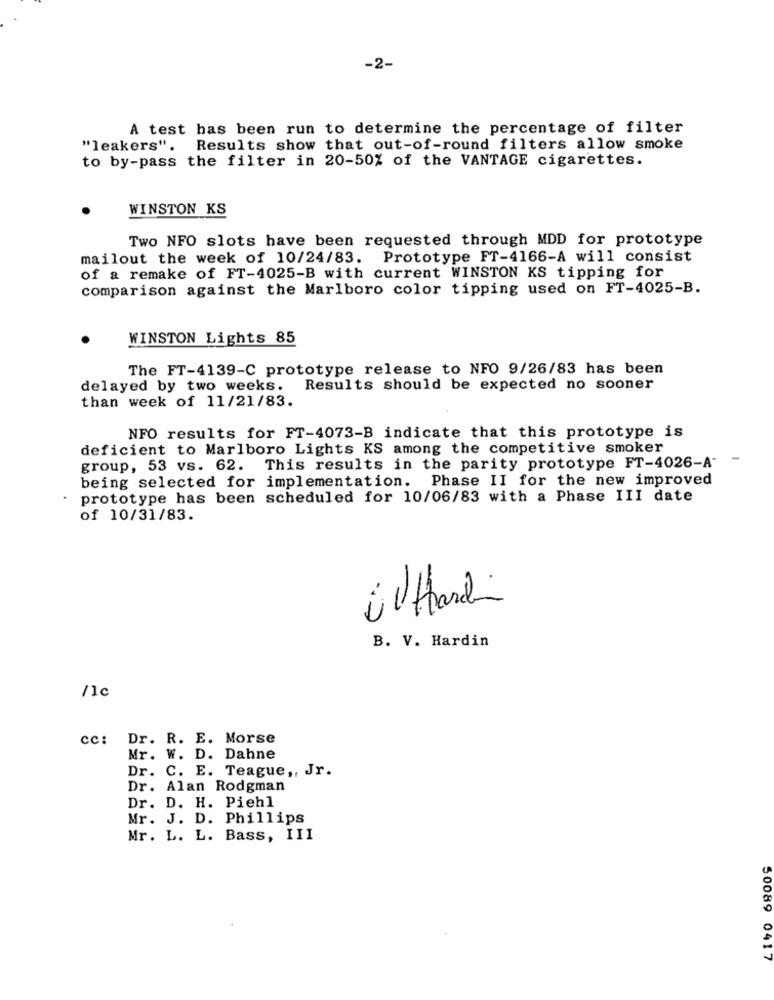
-2-
A test has been run to determine the percentage of filter
"leakers". Results show that out-of-round filters allow smoke
to by-pass the filter in 20-50% of the VANTAGE cigarettes.
WINSTON KS
Two NFO slots have been requested through MDD for prototype
mailout the week of 10/24/83. Prototype FT-4166-A will consist
of a remake of FT-4025-B with current WINSTON KS tipping for
comparison against the Marlboro color tipping used on FT-4025-B.
WINSTON Lights 85
The FT-4139-C prototype release to NFO 9/26/83 has been
delayed by two weeks. Results should be expected no sooner
than week of 11/21/83.
NFO results for FT-4073-B indicate that this prototype is
deficient to Marlboro Lights KS among the competitive smoker
-
group, 53 vs. 62. This results in the parity prototype FT-4026-A-
being selected for implementation. Phase II for the new improved
prototype has been scheduled for 10/06/83 with a Phase III date
of 10/31/83.
B. V. Hardin
/1c
cc: Dr. R. E. Morse
Mr. W. D. Dahne
Dr. C. E. Teague ,, Jr.
Dr. Alan Rodgman
Dr. D. H. Piehl
Mr. J. D. Phillips
Mr. L. L. Bass, III
50089 0417